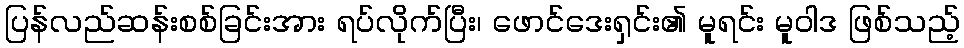
ပြန်လည်ဆန်းစစ်ခြင်းအား ရပ်လိုက်ပြီး၊ ဖောင်ဒေးရှင်း၏ မူရင်း မူဝါဒ ဖြစ်သည့်